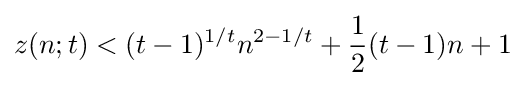
z(n;t)<(t-1)^{1/t}n^{2-1/t}+{\frac {1}{2}}(t-1)n+1